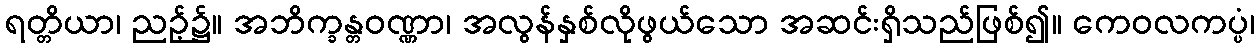
ရတ္တိယာ၊ ညဉ့်၌။ အဘိက္ခန္တဝဏ္ဏာ၊ အလွန်နှစ်လိုဖွယ်သော အဆင်းရှိသည်ဖြစ်၍။ ကေဝလကပ္ပံ၊